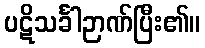
ပဋိသင်္ခါဉာဏ်ပြီး၏။